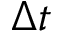
\Delta t